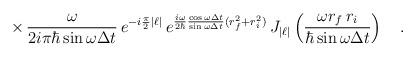
LaTeX: \begin{align*}\times\,\frac{\omega}{2i\pi\hbar\sin\omega\Delta t}\,e^{-i\frac{\pi}{2}|\ell|}\,e^{\frac{i\omega}{2\hbar}\frac{\cos\omega\Delta t}{\sin\omega\Delta t}(r^2_f+r^2_i)}\,J_{|\ell|}\left(\frac{\omega r_f\,r_i}{\hbar\sin\omega\Delta t}\right)\ \ \ .\end{align*}